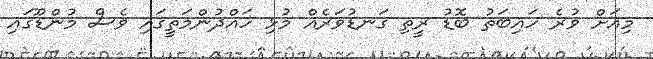
މިއަށް ވުރެ ހައިބަތު ބޮޑު ރީތި ގަނޑުވަރެއް މުޅި ހައްދުންމަތީގައި ވެސް މުންޑޫގައި